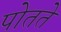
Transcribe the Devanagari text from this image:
पोतते